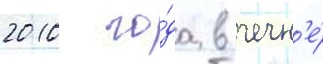
2010 го́да в чечн'е́